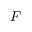
F